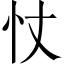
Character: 𢗆